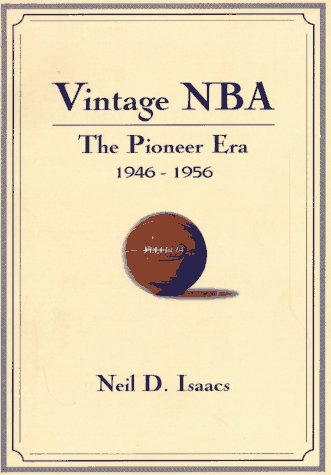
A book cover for Vintage Nba Basketball: The Pioneer Era (1946-56) : A Mostly Oral History; Neil David Isaacs; Sports & Outdoors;